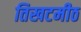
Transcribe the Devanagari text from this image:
तिखटमीठ